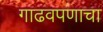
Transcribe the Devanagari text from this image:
गाढवपणाचा